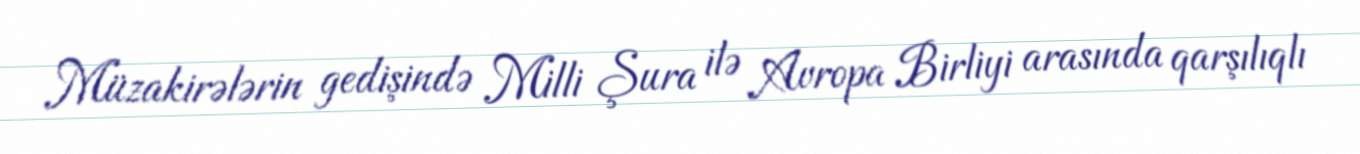
Müzakirələrin gedişində Milli Şura ilə Avropa Birliyi arasında qarşılıqlı